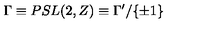
{ \Gamma } \equiv P S L ( 2 , Z ) \equiv \Gamma ^ { \prime } / { \{ \pm 1 \} }